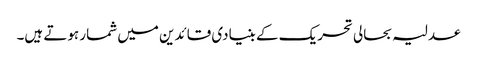
عدلیہ بحالی تحریک کے بنیادی قائدین میں شمار ہوتے ہیں۔